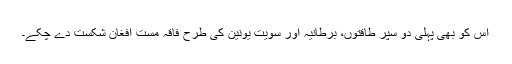
اس کو بھی پہلی دو سپر طاقتوں، برطانیہ اور سویت یونین کی طرح فاقہ مست افغان شکست دے چکے۔